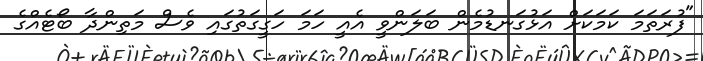
"ފުރަތަމަ ކަމަކަށް އަޅުގަނޑުމެން ބަލަންވީ އެއީ ހަމަ ހަގީގަތުގައި ވެސް މަތިންދާ ބޯޓެއްގެ